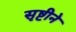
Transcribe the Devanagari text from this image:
सृष्टीने